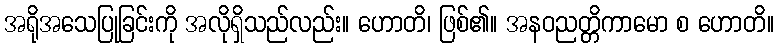
အရိုအသေပြုခြင်းကို အလိုရှိသည်လည်း။ ဟောတိ၊ ဖြစ်၏။ အနဝညတ္တိကာမော စ ဟောတိ။